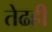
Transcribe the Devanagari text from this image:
तेढही